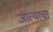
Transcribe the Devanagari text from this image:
जात्याचा